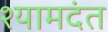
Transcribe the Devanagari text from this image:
श्यामदंत